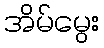
အိမ်မွေး